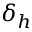
\delta _ { h }